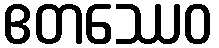
ဧတဿေဝ